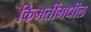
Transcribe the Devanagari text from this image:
किमतींमधील